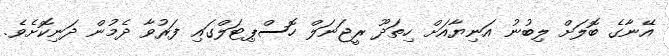
އޭނާގެ ބޮލަށް ލިބުނު އަނިޔާއަށް ހިތަދޫ ރީޖަނަލް ހޮސްޕިޓަލްގައި ފަރުވާ ދެމުން ދަނިކޮށެވެ.